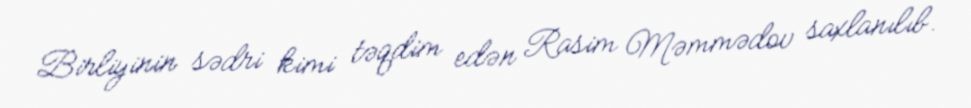
Birliyinin sədri kimi təqdim edən Rasim Məmmədov saxlanılıb.